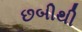
છબીથી